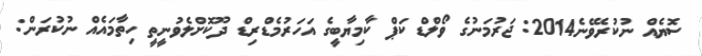
ސޮޔެއް ނުކުރެވޭނެ2014: ޖަރުމަނުގެ ވޯލްޑް ކަޕް ކާމިޔާބީގެ އަހަރުމެޑްރިޑް ދޫކޮށްލެވުނީތީ ހިތާމައެއް ނުކުރަން: